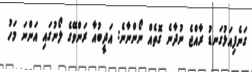
ގަނެފިއަޅުގަނޑު ރާއްޖެ ނުދާނެ ގޮތެއް ނޯންނާނެ: އަދީބުއާ ރަންވޭގެ ލޯނުގައި އަންނަ މަހު